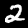
Digit: 2